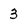
Character: 3